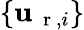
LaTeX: \{ \mathbf{u}_{\mathrm{{~\mathbf{~}r~}},i}\}